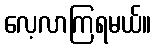
လေ့လာကြရမယ်။